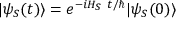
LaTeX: | \psi _ { S } ( t ) \rangle = e ^ { - i H _ { S } ~ t / \hbar } | \psi _ { S } ( 0 ) \rangle